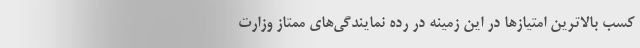
کسب بالاترین امتیازها در این زمینه در رده نمایندگی‌های ممتاز وزارت